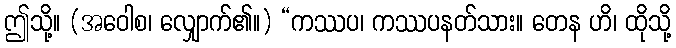
ဤသို့။ (အဝေါစ၊ လျှောက်၏။) “ကဿပ၊ ကဿပနတ်သား။ တေန ဟိ၊ ထိုသို့